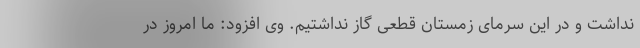
نداشت و در این سرمای زمستان قطعی گاز نداشتیم. وی افزود: ما امروز در